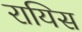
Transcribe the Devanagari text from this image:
रायिस